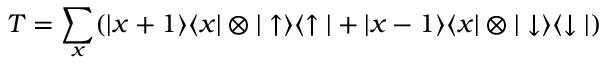
T = \sum _ { x } ( \vert x + 1 \rangle \langle x \vert \otimes \vert \uparrow \rangle \langle \uparrow \vert + \vert x - 1 \rangle \langle x \vert \otimes \vert \downarrow \rangle \langle \downarrow \vert )